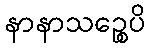
နာနာသဉ္စေပိ